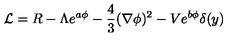
{ \cal L } = R - \Lambda e ^ { a \phi } - \frac { 4 } { 3 } ( \nabla \phi ) ^ { 2 } - V e ^ { b \phi } \delta ( y )